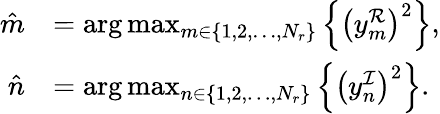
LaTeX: \begin{array}{rl}{\hat{m}}&{=\arg\operatorname*{max}_{m\in\{ 1,2,\dots,N_{r}\} }\left\{ \left(y_{m}^{\mathcal{R}}\right)^{2}\right\} ,}\\ {\hat{n}}&{=\arg\operatorname*{max}_{n\in\{ 1,2,\dots,N_{r}\} }\left\{ \left(y_{n}^{\mathcal{I}}\right)^{2}\right\} .}\end{array}